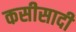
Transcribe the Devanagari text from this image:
कसीसादी